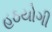
હઠયોગી